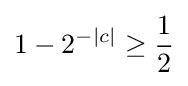
1-2^{-|c|}\geq {\frac {1}{2}}